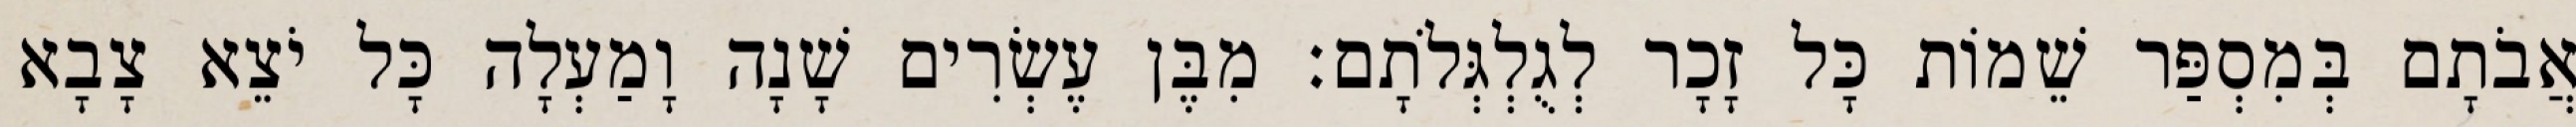
אֲבֹתָם בְּמִסְפַּר שֵׁמוֹת כָּל זָכָר לְגֻלְגְּלֹתָם׃ מִבֶּן עֶשְׂרִים שָׁנָה וָמַעְלָה כָּל יֹצֵא צָבָא